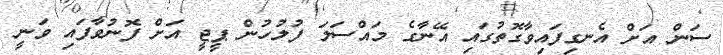
ސަން އަށް އެނގިފައިވާގޮތުގައި އޭނާގެ މައްސަލަ ފުލުހުން ޕީޖީ އަށް ފޮނުވާފައި ވަނީ